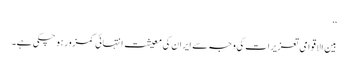
‘‘
بین الاقوامی تعزیرات کی وجہ سے ایران کی معیشت انتہائی کمزور ہو چکی ہے۔